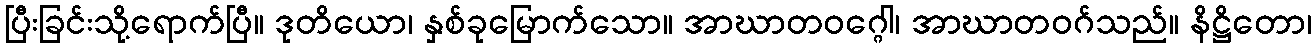
ပြီးခြင်းသို့ရောက်ပြီ။ ဒုတိယော၊ နှစ်ခုမြောက်သော။ အာဃာတဝဂ္ဂေါ၊ အာဃာတဝဂ်သည်။ နိဋ္ဌိတော၊